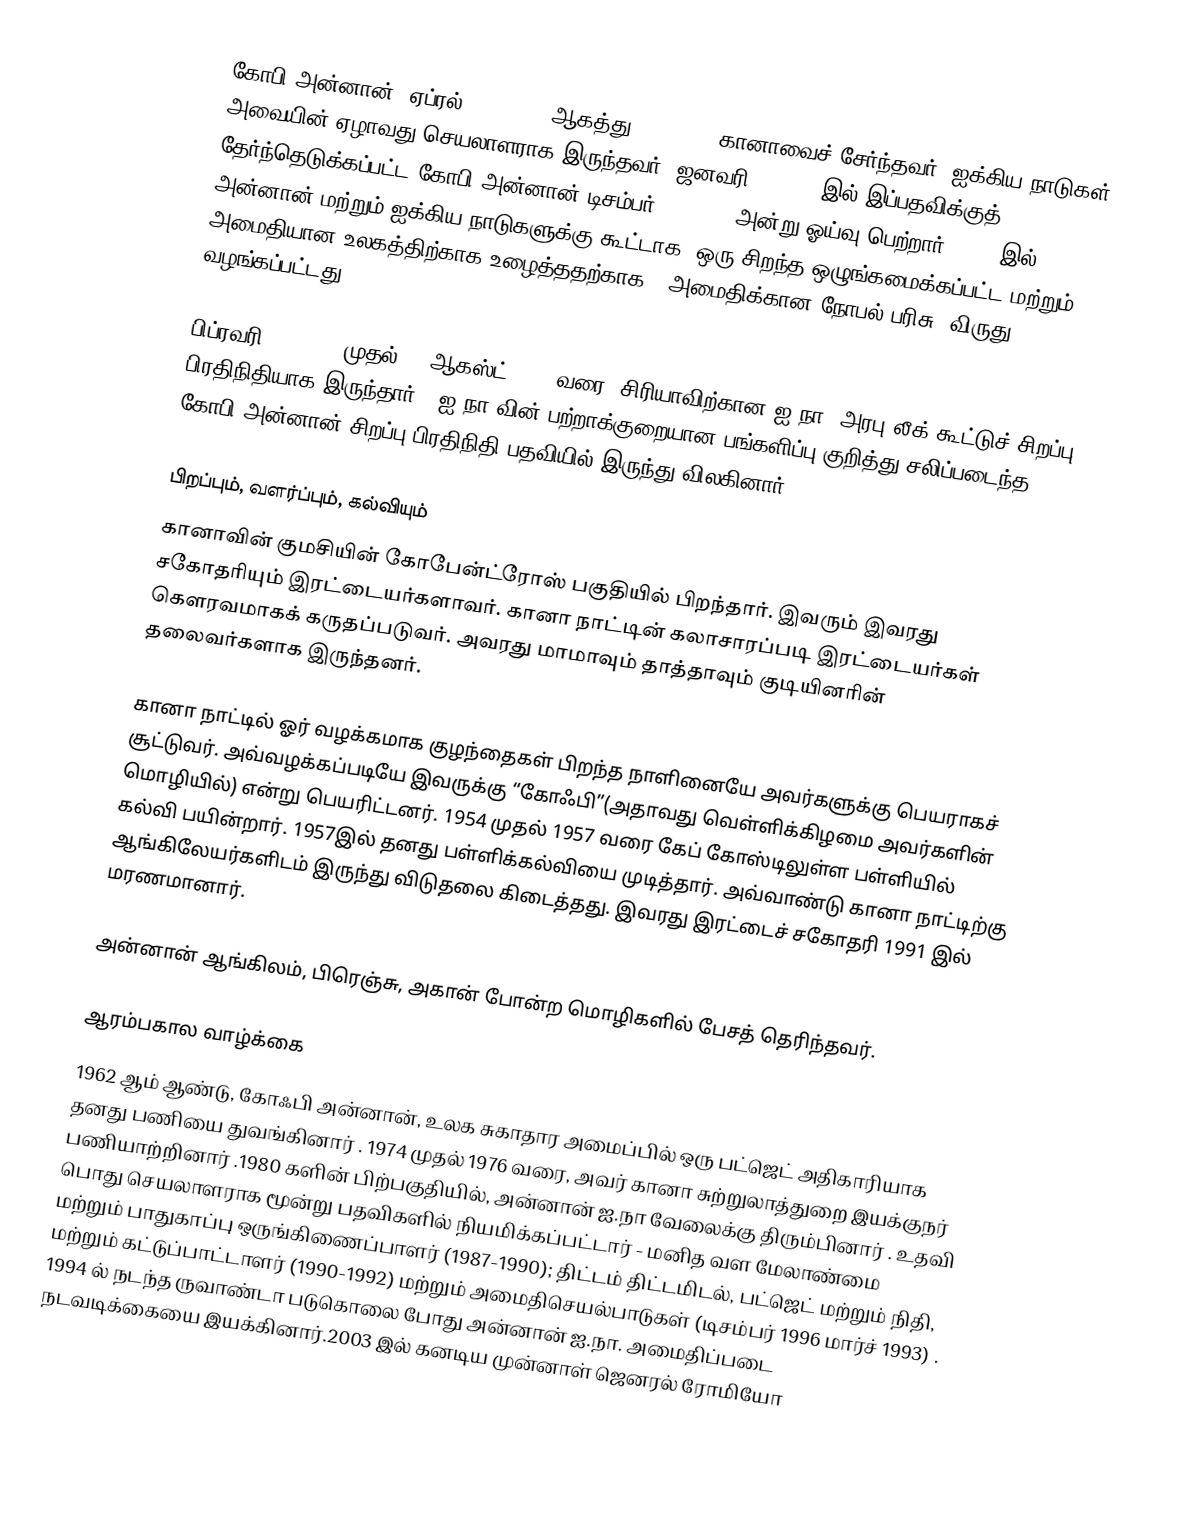
கோபி அன்னான் (ஏப்ரல் 8, 1938 – ஆகத்து 18, 2018) கானாவைச் சேர்ந்தவர். ஐக்கிய நாடுகள் அவையின் ஏழாவது செயலாளராக இருந்தவர். ஜனவரி 1, 1997 இல் இப்பதவிக்குத் தேர்ந்தெடுக்கப்பட்ட கோபி அன்னான் டிசம்பர் 31, 2006 அன்று ஓய்வு பெற்றார். 2001  இல் அன்னான் மற்றும் ஐக்கிய நாடுகளுக்கு கூட்டாக "ஒரு சிறந்த ஒழுங்கமைக்கப்பட்ட மற்றும் அமைதியான உலகத்திற்காக உழைத்ததற்காக " அமைதிக்கான நோபல் பரிசு, விருது வழங்கப்பட்டது.

பிப்ரவரி 23, 2012 முதல் 31 ஆகஸ்ட் 2012 வரை, சிரியாவிற்கான ஐ.நா. அரபு லீக் கூட்டுச் சிறப்பு பிரதிநிதியாக இருந்தார் . ஐ.நா.வின்  பற்றாக்குறையான  பங்களிப்பு  குறித்து  சலிப்படைந்த கோபி  அன்னான்  சிறப்பு பிரதிநிதி பதவியில் இருந்து  விலகினார்.

பிறப்பும், வளர்ப்பும், கல்வியும்
கானாவின் குமசியின் கோபேன்ட்ரோஸ் பகுதியில் பிறந்தார். இவரும் இவரது சகோதரியும் இரட்டையர்களாவர். கானா நாட்டின் கலாசாரப்படி இரட்டையர்கள் கௌரவமாகக் கருதப்படுவர். அவரது மாமாவும் தாத்தாவும் குடியினரின் தலைவர்களாக இருந்தனர்.

கானா நாட்டில் ஓர் வழக்கமாக குழந்தைகள் பிறந்த நாளினையே அவர்களுக்கு பெயராகச் சூட்டுவர். அவ்வழக்கப்படியே இவருக்கு “கோஃபி”(அதாவது வெள்ளிக்கிழமை அவர்களின் மொழியில்) என்று பெயரிட்டனர். 1954 முதல் 1957 வரை கேப் கோஸ்டிலுள்ள பள்ளியில் கல்வி பயின்றார்.  1957இல் தனது பள்ளிக்கல்வியை முடித்தார். அவ்வாண்டு கானா நாட்டிற்கு ஆங்கிலேயர்களிடம் இருந்து விடுதலை கிடைத்தது. இவரது இரட்டைச் சகோதரி 1991 இல் மரணமானார்.

அன்னான் ஆங்கிலம், பிரெஞ்சு, அகான் போன்ற மொழிகளில் பேசத் தெரிந்தவர்.

ஆரம்பகால வாழ்க்கை
1962 ஆம் ஆண்டு, கோஃபி அன்னான், உலக சுகாதார அமைப்பில்  ஒரு பட்ஜெட் அதிகாரியாக தனது பணியை துவங்கினார் . 1974 முதல் 1976 வரை, அவர் கானா சுற்றுலாத்துறை இயக்குநர் பணியாற்றினார் .1980 களின் பிற்பகுதியில், அன்னான்   ஐ.நா  வேலைக்கு  திரும்பினார் . உதவி பொது செயலாளராக  மூன்று பதவிகளில்  நியமிக்கப்பட்டார் - மனித வள மேலாண்மை மற்றும் பாதுகாப்பு ஒருங்கிணைப்பாளர் (1987-1990); திட்டம் திட்டமிடல், பட்ஜெட் மற்றும் நிதி, மற்றும் கட்டுப்பாட்டாளர் (1990-1992) மற்றும் அமைதிசெயல்பாடுகள்  (டிசம்பர் 1996 மார்ச் 1993) . 1994 ல் நடந்த ருவாண்டா படுகொலை  போது அன்னான் ஐ.நா. அமைதிப்படை நடவடிக்கையை  இயக்கினார்.2003 இல் கனடிய முன்னாள் ஜெனரல் ரோமியோ